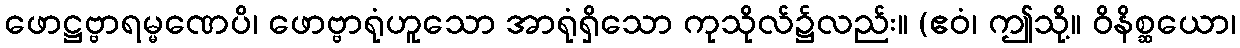
ဖောဋ္ဌဗ္ဗာရမ္မဏေပိ၊ ဖောဗ္ဗာရုံဟူသော အာရုံရှိသော ကုသိုလ်၌လည်း။ (ဧဝံ၊ ဤသို့။ ဝိနိစ္ဆယော၊